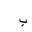
Letter: _ba